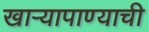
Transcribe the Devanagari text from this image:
खार्‍यापाण्याची